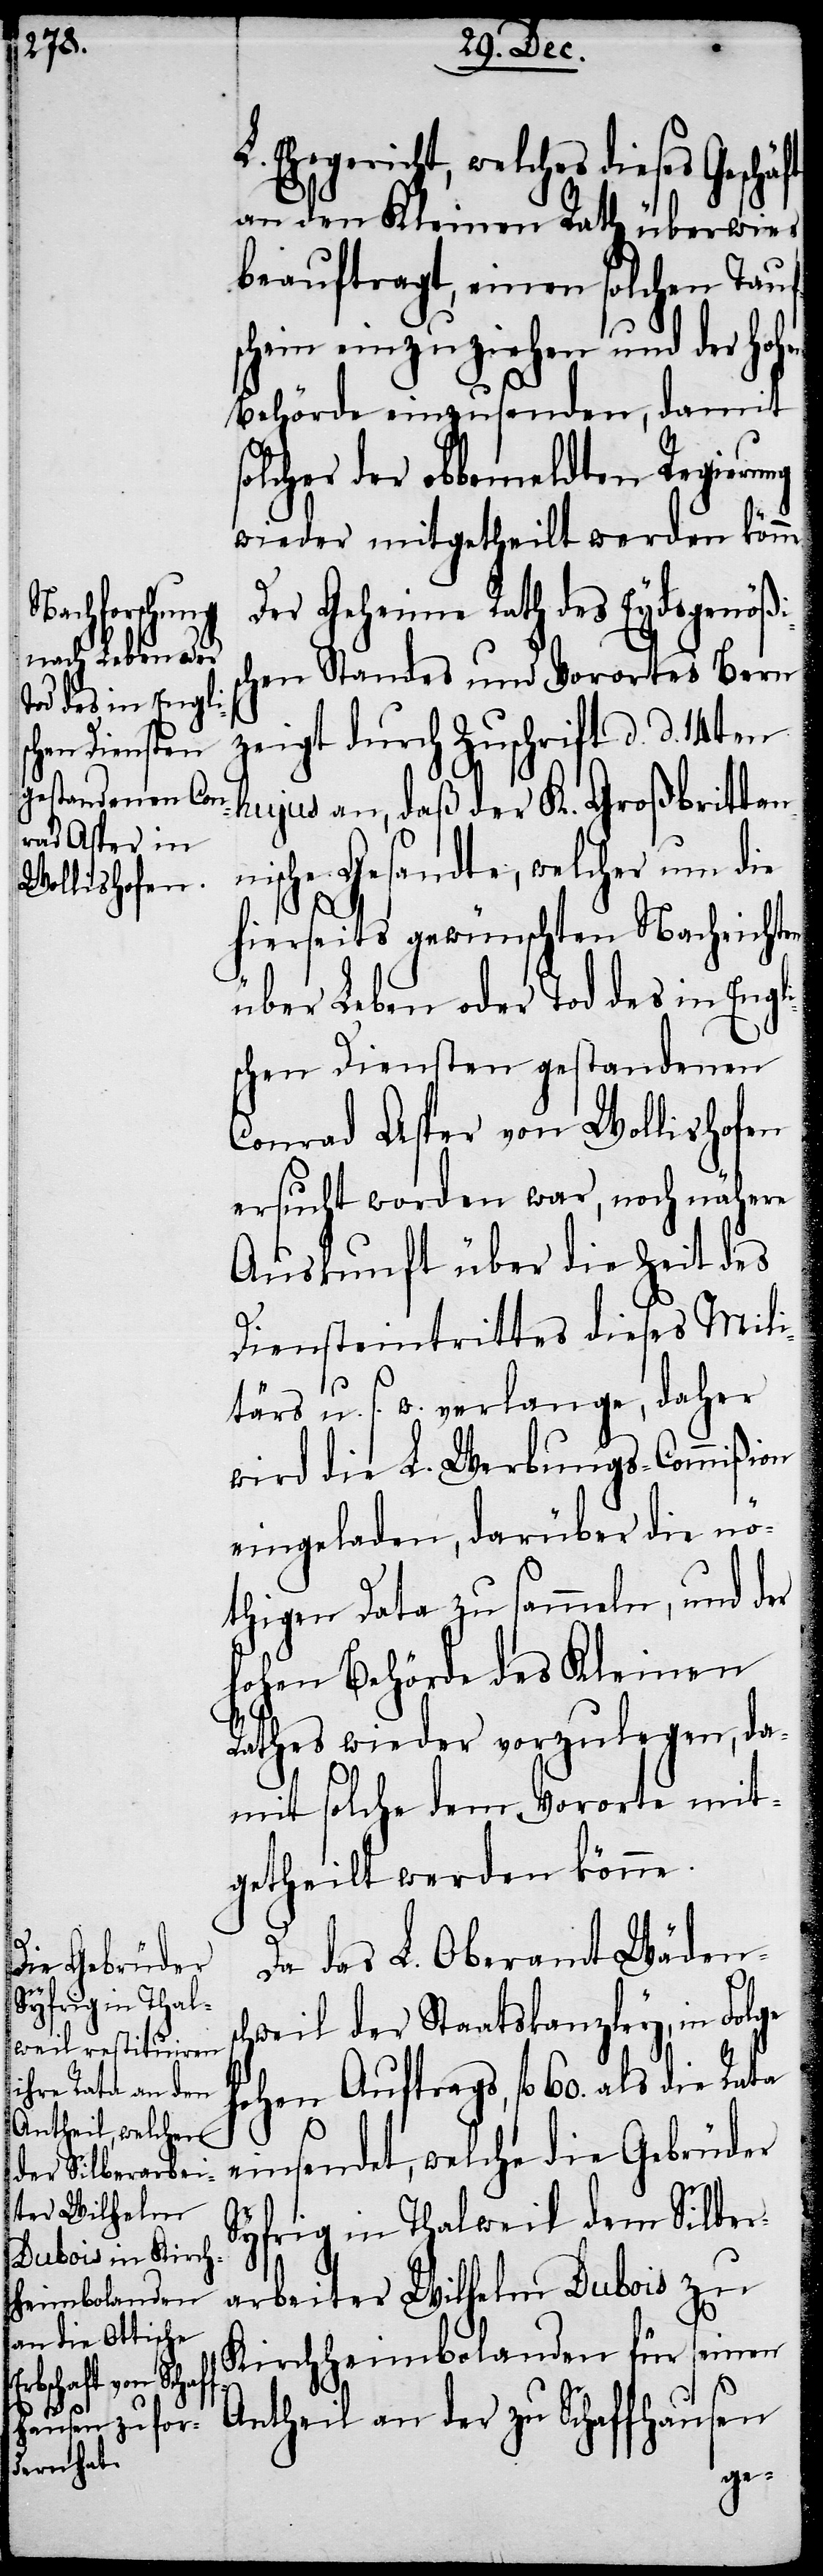
L. Ehegericht, welches dieses Geschä¬
an den Kleinen Rath überwies,
beauftragt, einen solchen Tauf¬
hein einzuziehen und der Hoh¬
Behörde einzusenden, damit
solcher der obbemeldten Regierung
wieder mitgetheilt werden könn¬
Der Geheime Rath des Eydsgenößi¬
hen Standes und Vorortes Bern
zeigt durch Zuschrift d. d. 14ten
hujus an, daß der K. Großbrittan¬
ische Gesandte, welcher um die
hierseits gewünschten Nachrichten
über Leben oder Tod des in Engl¬
chen Diensten gestandenen
Conrad Asper von Wollishofen
ersucht worden war, noch nähere
Auskunft über die Zeit des
Diensteintrittes dieses Mili¬
tärs u. s. w. verlange, daher
wird die L. Werbungs-Commißion
eingeladen, darüber die nö¬
thigen Data zu sammeln, und der
hohen Behörde des Kleinen
Rathes wieder vorzulegen, da¬
mit solche dem Vororte mit¬
getheilt werden könne.
Da das L. Oberamt Wäden¬
hweil der Staatskanzley, in Fol¬
hohen Auftrags, fl 60. als die Rata
sc¬
einsendet, welche die Gebrüder
Syfrig in Thalweil dem Silber¬
arbeiter Wilhelm Dubois zu
Kirchheimbolanden für seinen
Antheil an der zu Schaffhausen
ge